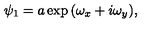
\psi _ { 1 } = a \exp { ( \omega _ { x } + i \omega _ { y } ) } ,